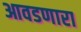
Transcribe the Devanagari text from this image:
आवडणारा